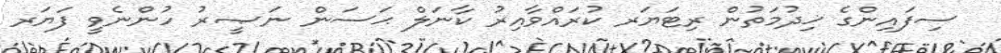
ސިފައިންގެ ޚިދުމަތުން ރިޓަޔަރ ކުރައްވާއިރު ކާނަލް ޙަސަން ނަޞީރު ހުންނެވީ ފަޔަރ